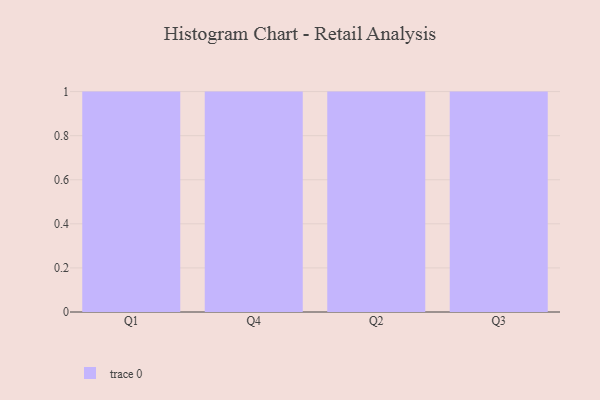
{"axis": {"x": "Quarter", "y": "Page Views"}, "legend": [""], "data": [{"x": "Q1", "y": 72, "type": ""}, {"x": "Q4", "y": 56, "type": ""}, {"x": "Q2", "y": 5, "type": ""}, {"x": "Q3", "y": 96, "type": ""}]}